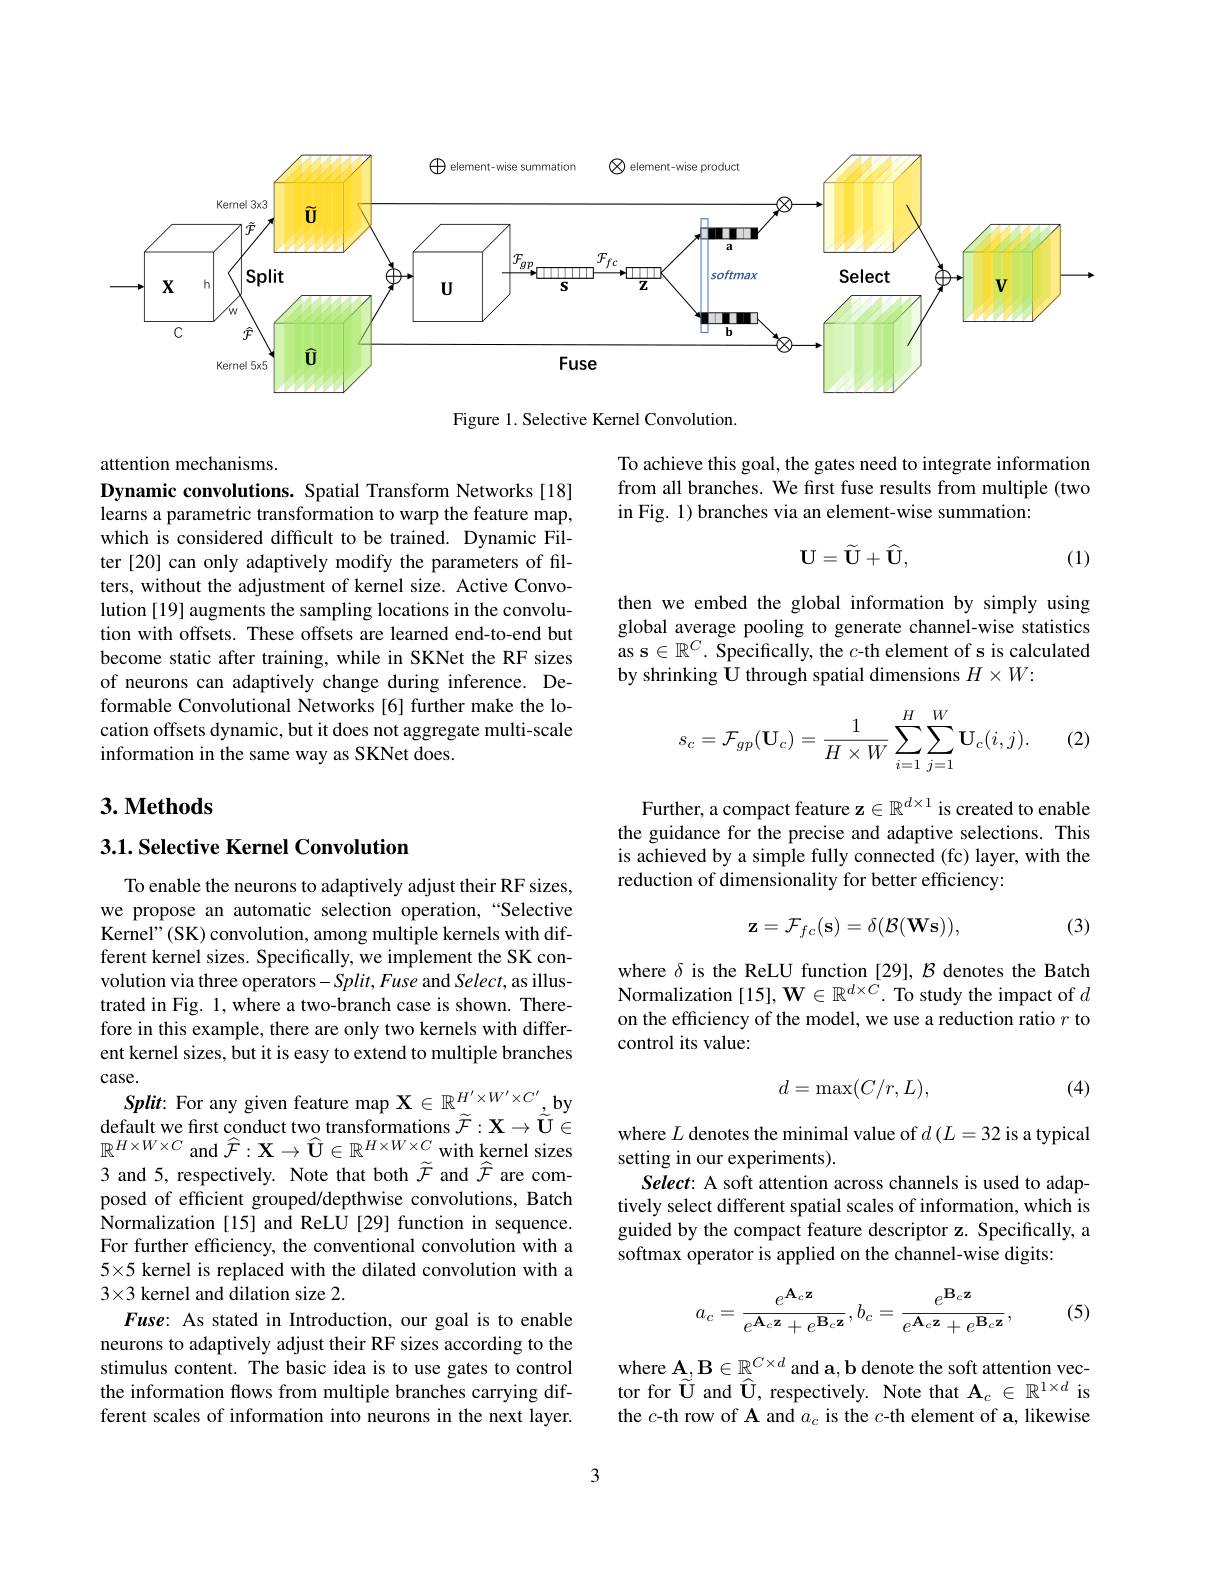
<FigureHere>

Figure 1. Selective Kernel Convolution

To achieve this goal, the gates need to integrate information from all branches. We first fuse results from multiple (two in Fig. 1) branches via an element-wise summation:
$$\mathbf{U}=\widetilde{\mathbf{U}}+\widehat{\mathbf{U}},$$
(1)

attention mechanisms.
Dynamic convolutions. Spatial Transform Networks[18] learns a parametric transformation to warp the feature map, which is considered difficult to be trained. Dynamic Filter [20] can only adaptively modify the parameters of filters, without the adjustment of kernel size. Active Convolution [19] augments the sampling locations in the convolution with offsets. These offsets are learned end-to-end but become static after training, while in SKNet the RF sizes of neurons can adaptively change during inference. Deformable Convolutional Networks [6] further make the location offsets dynamic, but it does not aggregate multi-scale information in the same way as SKNet does.

then we embed the global information by simply using global average pooling to generate channel-wise statistics as s $\in\mathbb{R}^C.$ Specifically, the $c$-th element of s is calculated by shrinking U through spatial dimensions $H\times W:$
$$s_c=\mathcal{F}_{gp}(\mathbf{U}_c)=\frac{1}{H\times W}\sum_{i=1}^{H}\sum_{j=1}^{W}\mathbf{U}_{c}(i,j).$$
(2)

## $3. \textbf{Methods}$

Further, a compact feature z$\in\mathbb{R}^d\times1$ is created to enable the guidance for the precise and adaptive selections. This is achieved by a simple fully connected (fc) layer, with the reduction of dimensionality for better efficiency:

## 3.1. Selective Kernel Convolution
$$\mathbf{z}=\mathcal{F}_{fc}(\mathbf{s})=\delta(\mathcal{B}(\mathbf{Ws})),$$
(3)

where $\delta$ is the ReLU function [29], $\mathcal{B}$ denotes the Batch Normalization [15], W$\in\mathbb{R}^d\times C.$ To study the impact of $d$ on the efficiency of the model, we use a reduction ratio $r$ to control its value:
$$d=\max(C/r,L),$$
(4)

To enable the neurons to adaptively adjust their RF sizes, we propose an automatic selection operation,“Selective Kernel"(SK) convolution, among multiple kernels with different kernel sizes. Specifically, we implement the SK convolution via three operators-Split,Fuse and Select, as illustrated in Fig. 1, where a two-branch case is shown. Therefore in this example, there are only two kernels with different kernel sizes, but it is easy to extend to multiple branches case.
$Split:$ For any given feature map $\mathbf{X}\in\mathbb{R}_{\sim}^{H^{\prime}\times W^{\prime}\times C^{\prime}}$,by default we first conduct two transformations $\widetilde{\mathcal{F}}:\mathbf{X}\to\widetilde{\tilde{\mathcal{U}}}\in$ $\mathbb{R}^{H\times W\times C}$ and $\widehat{\mathcal{F}}:\mathbf{X}\to\widehat{\mathcal{U}}\in\mathbb{R}^{H\times W\times C}$ with kernel sizes 3 and 5, respectively. Note that both $\widetilde{\mathcal{F}}$ and $\widehat{\mathcal{F}}$ are composed of efficient grouped/depthwise convolutions, Batch Normalization [15] and ReLU[29] function in sequence. For further efficiency, the conventional convolution with a 5×5 kernel is replaced with the dilated convolution with a $3\times3 kernel and dilation size 2.$
Fuse: As stated in Introduction, our goal is to enable neurons to adaptively adjust their RF sizes according to the stimulus content. The basic idea is to use gates to control the information flows from multiple branches carrying different scales of information into neurons in the next layer.

where $L$ denotes the minimal value of $d\left(L=32\text{ is a typical}\right.$
setting in our experiments).
Select: A soft attention across channels is used to adaptively select different spatial scales of information, which is guided by the compact feature descriptor z. Specifically, a softmax operator is applied on the channel-wise digits:
$$a_c=\frac{e^{\mathbf{A}_c\mathbf{z}}}{e^{\mathbf{A}_c\mathbf{z}}+e^{\mathbf{B}_c\mathbf{z}}},b_c=\frac{e^{\mathbf{B}_c\mathbf{z}}}{e^{\mathbf{A}_c\mathbf{z}}+e^{\mathbf{B}_c\mathbf{z}}},$$
(5)

where $\mathbf{A},\mathbf{B}\in\mathbb{R}^{C\times d}$ and a, b denote the soft attention vector for $\widetilde{\tilde{\mathbf{U}}}$ and $\widehat{\mathbf{U}}$, respectively. Note that $\mathbf{A}_c\in\mathbb{R}^{1\times d}$ is the $c$-th row of A and $a_c$ is the $c$-th element of a, likewise

3